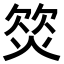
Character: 𣣛